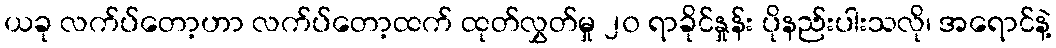
ယခု လက်ပ်တော့ဟာ လက်ပ်တော့ထက် ထုတ်လွှတ်မှု ၂၀ ရာခိုင်နှုန်း ပိုနည်းပါးသလို၊ အရောင်နဲ့